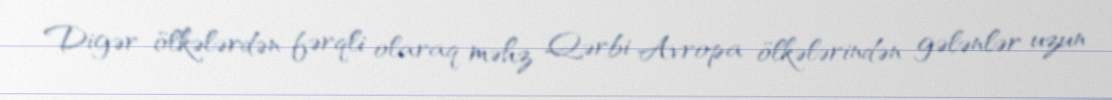
Digər ölkələrdən fərqli olaraq məhz Qərbi Avropa ölkələrindən gələnlər uzun